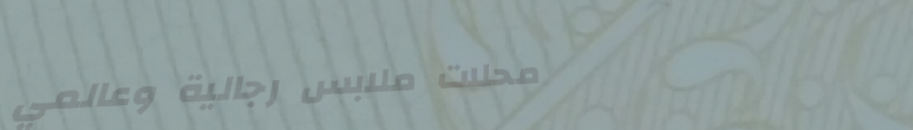
محلات ملابس رجالية وعالمي